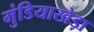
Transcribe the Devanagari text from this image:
मुंडियाखेड़ा